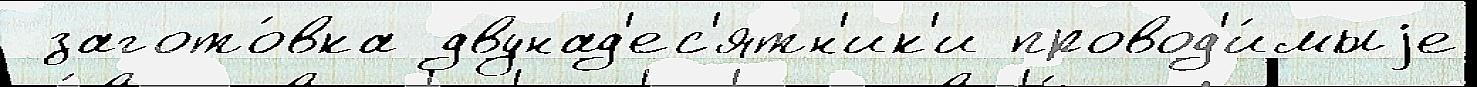
 загото́вка двунад'ес'ятн'ик'и провод'и́мыjе